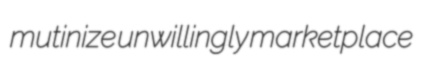
mutinize unwillingly marketplace